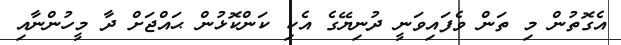
އެގޮތުން މި ތަން ވެފައިވަނީ ދުނިޔޭގެ އެކި ކަންކޮޅުން ޙައްޖަށް ދާ މީހުންނާއި